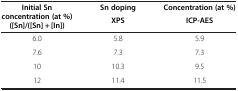
| <ROWSPAN=2> Initial Sn concentration (at %) ([Sn]/([Sn] + [In]) | Sn doping | Concentration (at %) |
 | XPS | ICP-AES |
 | --- | --- | --- |
 | 6.0 | 5.8 | 5.9 |
 | 7.6 | 7.3 | 7.3 |
 | 10 | 10.3 | 9.5 |
 | 12 | 11.4 | 11.5 |